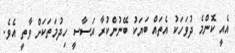
އެއީ ކޮންމެ ދުވަހަކު އެތައް ބަޔަކު ބޭނުންކުރާ އަސާސީ ހިދުމަތަކަށް ވާތީ އެވެ.